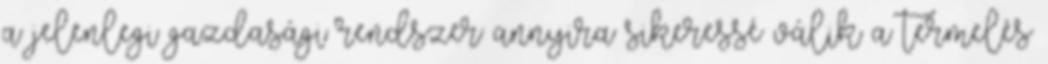
a jelenlegi gazdasági rendszer annyira sikeressé válik a termelés